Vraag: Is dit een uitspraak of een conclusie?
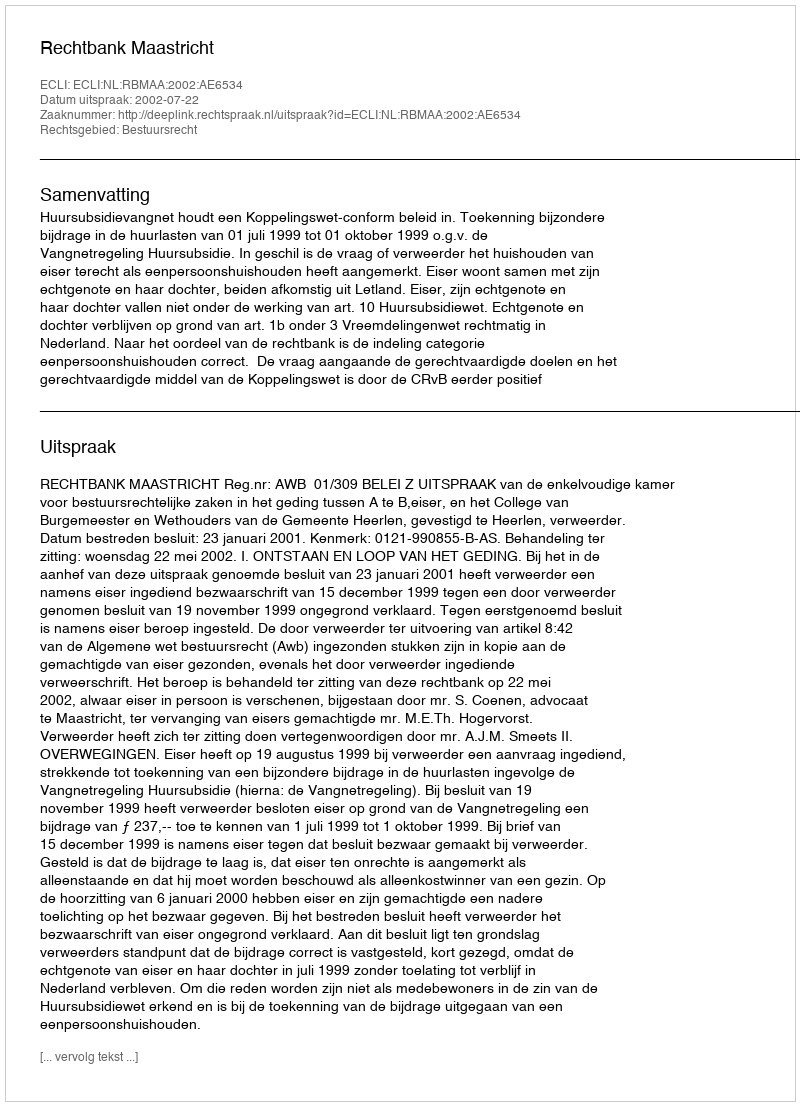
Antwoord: Uitspraak